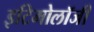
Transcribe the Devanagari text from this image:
इटिमोलॉजी